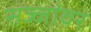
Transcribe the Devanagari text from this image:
सज्जांवर